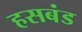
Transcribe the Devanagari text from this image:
हसबंड